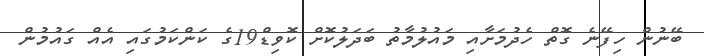
ބޭނުން ހިފޭނެ ގޮތް ހެދުމަށާއި މައުލުމާތު ބަދަލުކޮށް ކޮވިޑް19ގެ ކަންކަމުގައި އެއް ގައުމުން